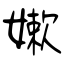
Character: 嫰